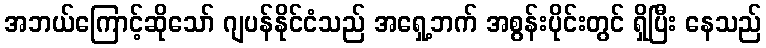
အဘယ်ကြောင့်ဆိုသော် ဂျပန်နိုင်ငံသည် အရှေ့ဘက် အစွန်းပိုင်းတွင် ရှိပြီး နေသည်